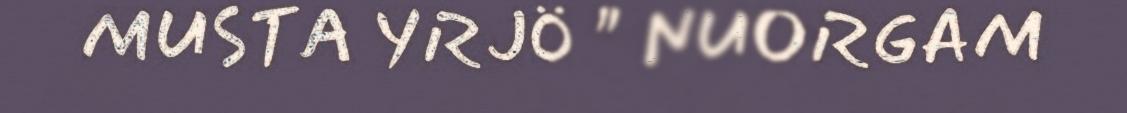
MUSTA YRJÖ " NUORGAM